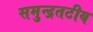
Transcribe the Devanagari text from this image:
समुन्द्रतटीय